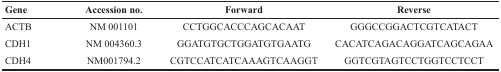
<table><thead><tr><td><b>Gene</b></td><td><b>Accession no.</b></td><td><b>Forward</b></td><td><b>Reverse</b></td></tr></thead><tbody><tr><td>ACTB</td><td>NM 001101</td><td>CCTGGCACCCAGCACAAT</td><td>GGGCCGGACTCGTCATACT</td></tr><tr><td>CDH1</td><td>NM 004360.3</td><td>GGATGTGCTGGATGTGAATG</td><td>CACATCAGACAGGATCAGCAGAA</td></tr><tr><td>CDH4</td><td>NM001794.2</td><td>CGTCCATCATCAAAGTCAAGGT</td><td>GGTCGTAGTCCTGGTCCTCCT</td></tr></tbody></table>